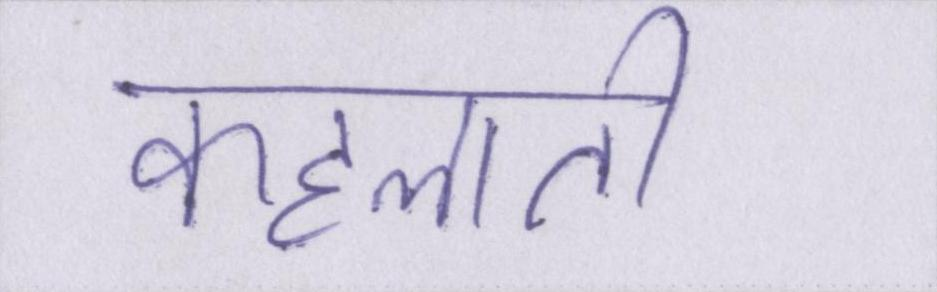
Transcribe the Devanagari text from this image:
कहलाती